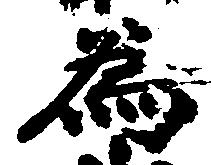
為